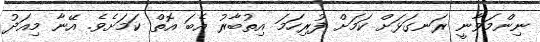
ނިންމަވާނީ ރަނގަޅަށް ކަމަށް ފުރިހަމަ އިތުބާރު އެބަ އޮތް ކަމަށެވެ. އޭނާ މިއަދު